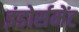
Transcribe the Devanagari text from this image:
इंडोर्समेंट